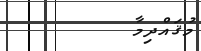
މުޤައްދިމާ